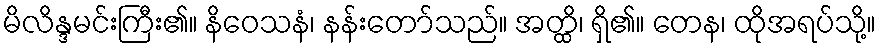
မိလိန္ဒမင်းကြီး၏။ နိဝေသနံ၊ နန်းတော်သည်။ အတ္ထိ၊ ရှိ၏။ တေန၊ ထိုအရပ်သို့။